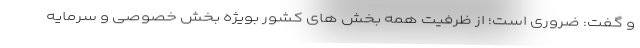
و گفت: ضروری است؛ از ظرفیت همه بخش های کشور بویژه بخش خصوصی و سرمایه